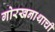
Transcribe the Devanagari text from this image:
गोरखनाथाची